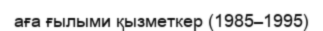
аға ғылыми қызметкер (1985–1995)